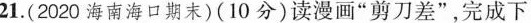
21.(2020海南海口期末)(10分)读漫画”剪刀差”，完成下